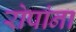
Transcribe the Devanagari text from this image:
रोपांना